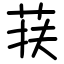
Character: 荴